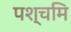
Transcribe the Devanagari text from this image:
पश्चमि